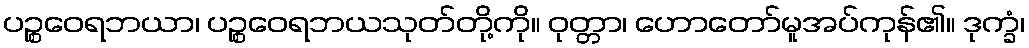
ပဉ္စဝေရဘယာ၊ ပဉ္စဝေရဘယသုတ်တို့ကို။ ဝုတ္တာ၊ ဟောတော်မူအပ်ကုန်၏။ ဒုက္ခံ၊